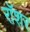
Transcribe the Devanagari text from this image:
रॉशर